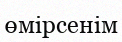
өмірсенім